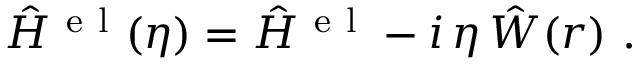
\hat { H } ^ { \mathrm { ~ e ~ l ~ } } ( \eta ) = \hat { H } ^ { \mathrm { ~ e ~ l ~ } } - i \, \eta \, \hat { W } ( r ) ~ .